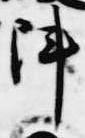
陣